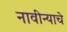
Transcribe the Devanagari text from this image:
नावीन्याचे